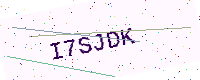
Text: I7SJDK